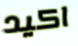
اكيد